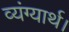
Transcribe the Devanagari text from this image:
व्यंग्यार्थ।